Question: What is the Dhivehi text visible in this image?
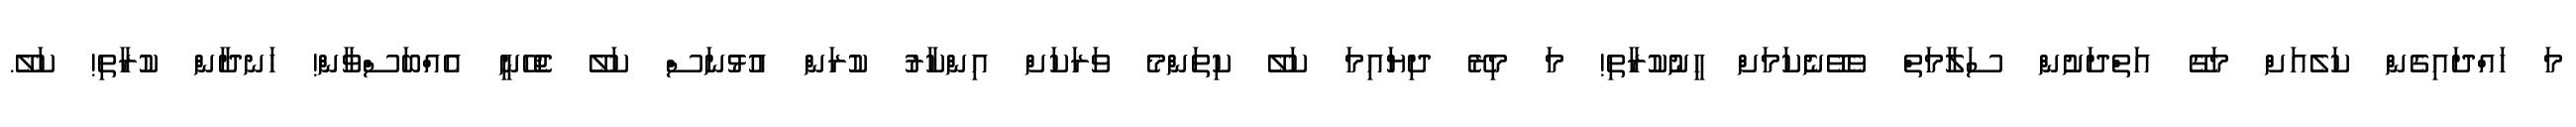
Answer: މަ ހައްދައިގެން ކަލެއަށް މަގޭ އަތްދަށުން ސަލާމަތް ވެވޭނެކަމަށް ހީނުކުރާތި! މަ މިރޭ ދިޔައިމަ ކަލޭ ކިތަންމެ ވަރަކަށް އިންކާރު ކުރަން އުޅުނަސް ކަލޭ ޖެހޭނީ އެއްބަސްވާން! ހަނދާން ކުރާތި! ކަލޭ.